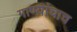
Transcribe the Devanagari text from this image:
गाण्यांचाच